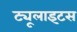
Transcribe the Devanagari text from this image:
ट्यूलाइटस